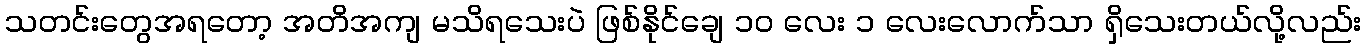
သတင်းတွေအရတော့ အတိအကျ မသိရသေးပဲ ဖြစ်နိုင်ချေ ၁၀ လေး ၁ လေးလောက်သာ ရှိသေးတယ်လို့လည်း